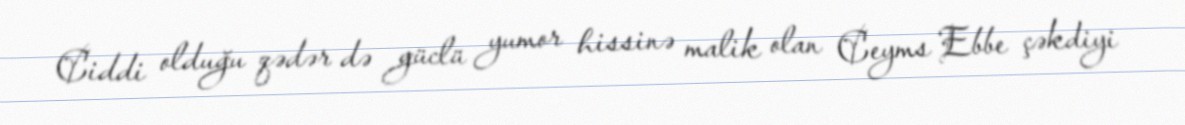
Ciddi olduğu qədər də güclü yumor hissinə malik olan Ceyms Ebbe çəkdiyi